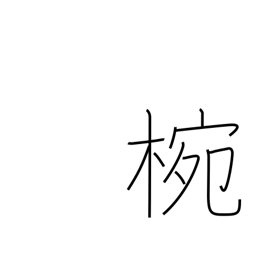
Meaning: wooden or lacquered bowl